Problem: 40 + 24 = ?
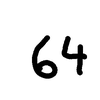
Handwritten answer: 64